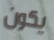
يكون